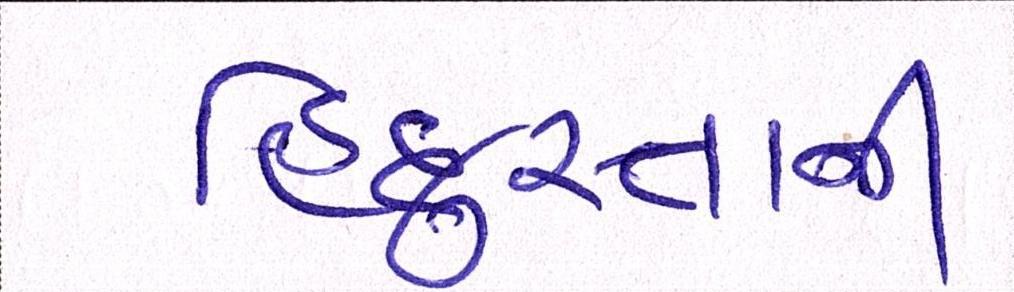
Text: હિંદુસ્તાની